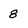
Character: 8